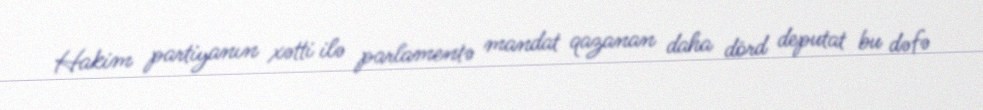
Hakim partiyanın xətti ilə parlamentə mandat qazanan daha dörd deputat bu dəfə